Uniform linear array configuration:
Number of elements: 16
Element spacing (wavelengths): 0.25
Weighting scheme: uniform
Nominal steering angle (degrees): -30
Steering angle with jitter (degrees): -28.25
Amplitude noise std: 0.05
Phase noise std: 0.05

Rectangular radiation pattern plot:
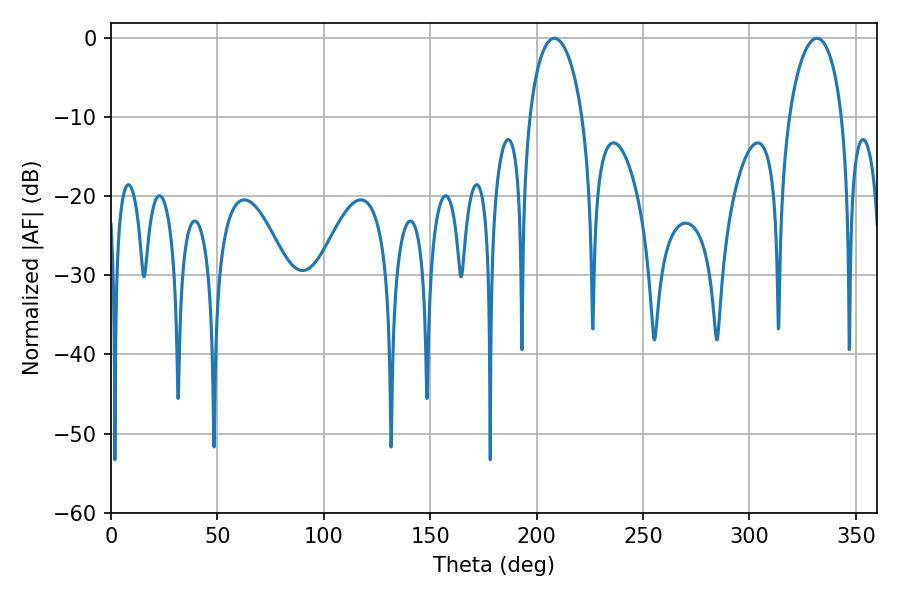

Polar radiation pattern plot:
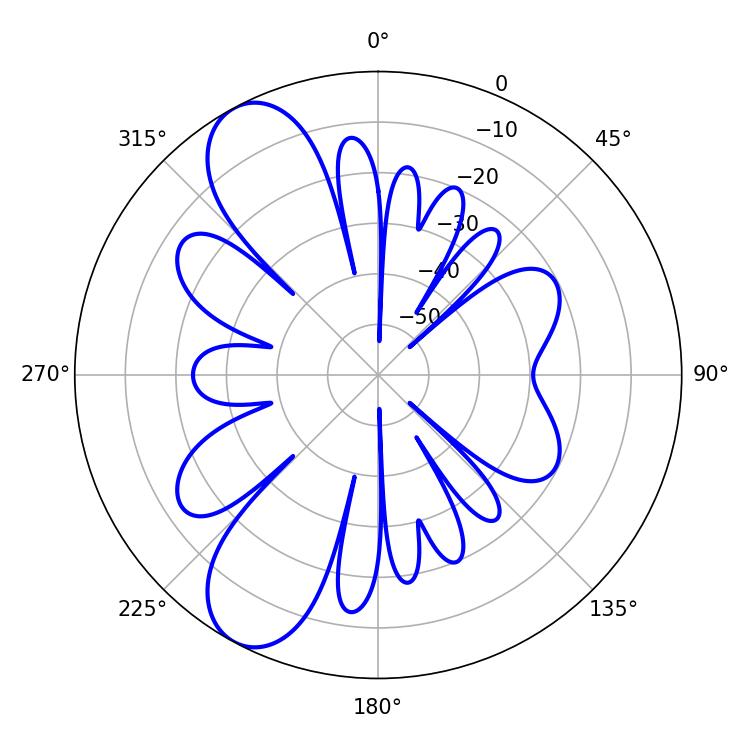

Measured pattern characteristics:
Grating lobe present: FALSE
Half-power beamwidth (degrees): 14.22
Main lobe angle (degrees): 208.26